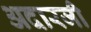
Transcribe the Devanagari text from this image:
अदारजी